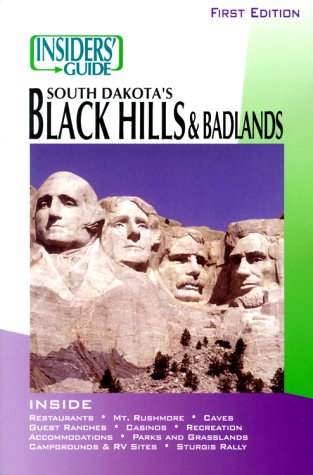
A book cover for Insiders' Guide to South Dakota's Black Hills & Badlands; Barbara Tomovick; Travel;